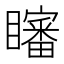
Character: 𱳗